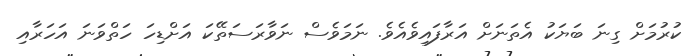
ކުރުމަށް ގިނަ ބަޔަކު އެތަނަށް އަރާފައިވެއެވެ. ނަމަވެސް ނަވާރަސަތޭކަ އަށްޑިހަ ހަތްވަނަ އަހަރާއި